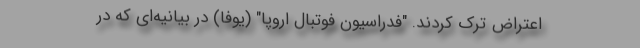
اعتراض ترک کردند. "فدراسیون فوتبال اروپا" (یوفا) در بیانیه‌ای که در